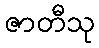
ဇာတီသု